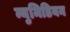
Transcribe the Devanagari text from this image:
न्युमिडियन